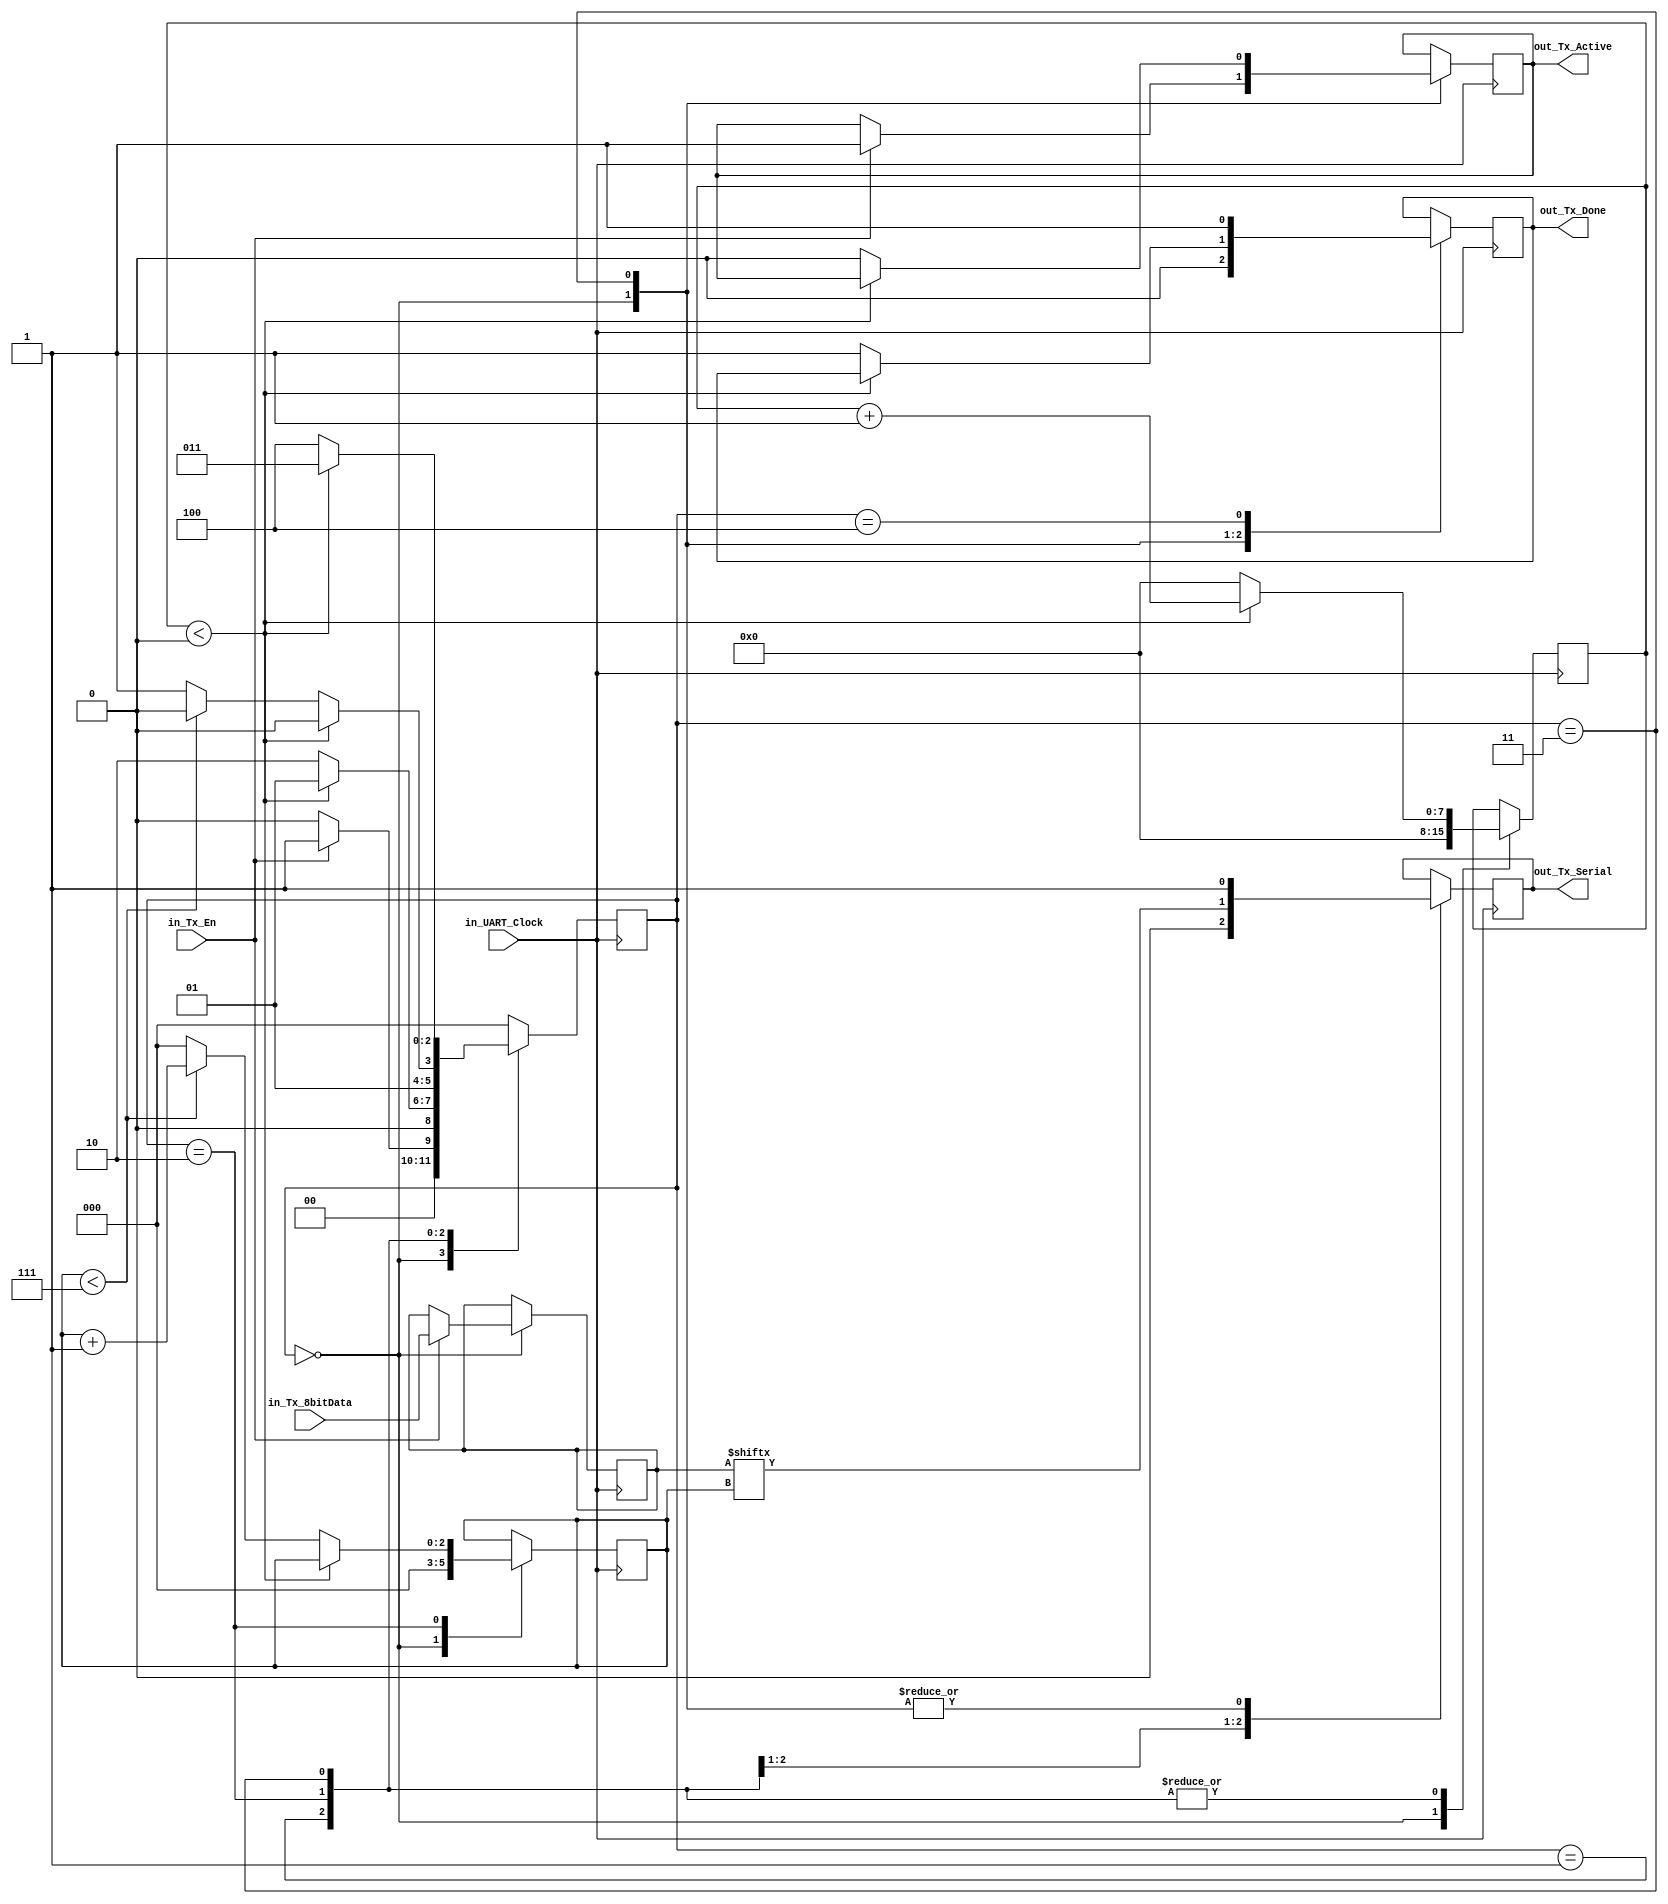
module glenn_UART(
   input       in_UART_Clock,
   input       in_Tx_En,
   input [7:0] in_Tx_8bitData, 
   output      out_Tx_Active,
   output reg  out_Tx_Serial,
   output      out_Tx_Done
   );
  
  parameter STATE_IDLE = 3'b000;
  parameter STATE_TX_START_BIT = 3'b001;
  parameter STATE_TX_DATA_BITS = 3'b010;
  parameter STATE_TX_STOP_BIT  = 3'b011;
  parameter STATE_CLEANUP = 3'b100;
  parameter CLKS_PER_BIT =1; 				//clock freq divided by UART freq(in this case 1 because clock freq equals UART freq)
   
  reg [2:0]    reg_State_Main = 0;
  reg [7:0]    reg_Clock_Count = 0;				//use to syncronized the clock frequency and UART frequency
  reg [2:0]    reg_Bit_Index = 0;				//tracks the bit of data to be transmitted
  reg [7:0]    reg_Tx_Data = 0;
  reg          reg_Tx_Done = 0;
  reg          reg_Tx_Active   = 0;
     
  always @(posedge in_UART_Clock)
    begin
      // case: STATE_IDLE 
      case (reg_State_Main)
        STATE_IDLE :
          begin
            out_Tx_Serial   <= 1'b1;         //drive line high for idle
            reg_Tx_Done     <= 1'b0;
            reg_Clock_Count <= 0;
            reg_Bit_Index   <= 0;
             
            if (in_Tx_En == 1'b1)
              begin
                reg_Tx_Active <= 1'b1;
                reg_Tx_Data   <= in_Tx_8bitData;
                reg_State_Main   <= STATE_TX_START_BIT;
              end
            else
              reg_State_Main <= STATE_IDLE;
          end 
         
         
        // case: STATE_TX_START_BIT
        STATE_TX_START_BIT :
          begin
            out_Tx_Serial <= 1'b0;			//send out start bit. start bit = 0
             
            // wait CLKS_PER_BIT-1 clock cycles for start bit to finish
            if (reg_Clock_Count < CLKS_PER_BIT-1)
              begin
                reg_Clock_Count <= reg_Clock_Count + 1;
                reg_State_Main  <= STATE_TX_START_BIT;
              end
            else
              begin
                reg_Clock_Count <= 0;
                reg_State_Main  <= STATE_TX_DATA_BITS;
              end
          end 
         
        
        // case: STATE_TX_DATA_BITS 
        STATE_TX_DATA_BITS :
          begin
            out_Tx_Serial <= reg_Tx_Data[reg_Bit_Index];
            // Wait CLKS_PER_BIT-1 clock cycles for data bits to finish 
            if (reg_Clock_Count < CLKS_PER_BIT-1)
              begin
                reg_Clock_Count <= reg_Clock_Count + 1;
                reg_State_Main  <= STATE_TX_DATA_BITS;
              end
            else
              begin
                reg_Clock_Count <= 0;
                 
                // Check if we have sent out all bits
                if (reg_Bit_Index < 7)
                  begin
                    reg_Bit_Index  <= reg_Bit_Index + 1;
                    reg_State_Main <= STATE_TX_DATA_BITS;
                  end
                else
                  begin
                    reg_Bit_Index  <= 0;
                    reg_State_Main <= STATE_TX_STOP_BIT;
                  end
              end
          end 
         
         
        // case: STATE_TX_STOP_BIT
        STATE_TX_STOP_BIT :
          begin
            out_Tx_Serial <= 1'b1; // Send out Stop bit.  Stop bit = 1            
            // Wait CLKS_PER_BIT-1 clock cycles for Stop bit to finish
            if (reg_Clock_Count < CLKS_PER_BIT-1)
              begin
                reg_Clock_Count <= reg_Clock_Count + 1;
                reg_State_Main     <= STATE_TX_STOP_BIT;
              end
            else
              begin
                reg_Tx_Done     <= 1'b1;
                reg_Clock_Count <= 0;
                reg_State_Main  <= STATE_CLEANUP;
                reg_Tx_Active   <= 1'b0;
              end
          end 
         
         
        // case: STATE_CLEANUP
        STATE_CLEANUP :
          begin
            reg_Tx_Done <= 1'b1;
            reg_State_Main <= STATE_IDLE;
          end
         
         
        default :
          reg_State_Main <= STATE_IDLE;
         
      endcase
    end
 
  assign out_Tx_Active = reg_Tx_Active;
  assign out_Tx_Done   = reg_Tx_Done;
   
endmodule